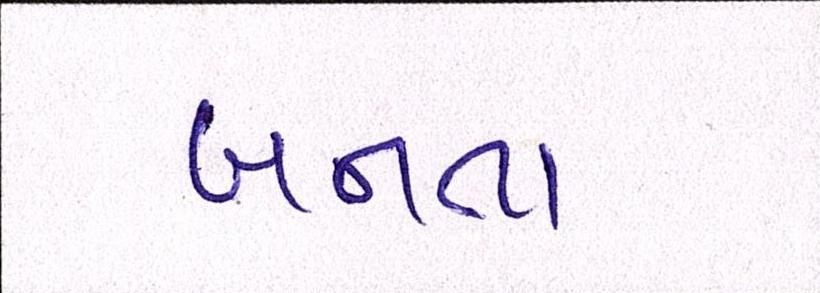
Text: બનતા